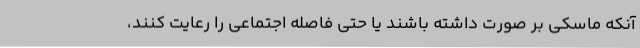
آنکه ماسکی بر صورت داشته باشند یا حتی فاصله اجتماعی را رعایت کنند،